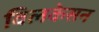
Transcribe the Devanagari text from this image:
विलकेसन